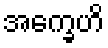
အက္ခေဟိ